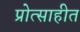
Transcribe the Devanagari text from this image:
प्रोत्साहीत